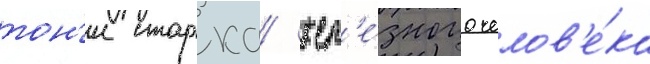
тон'и старка/ жел'е́зного челов'е́ка